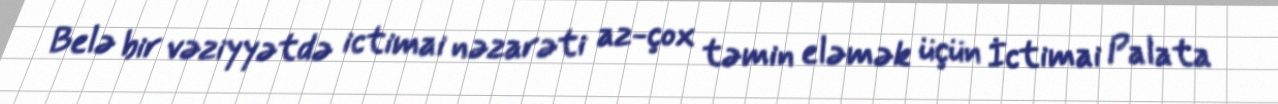
Belə bir vəziyyətdə ictimai nəzarəti az-çox təmin eləmək üçün İctimai Palata